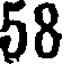
58